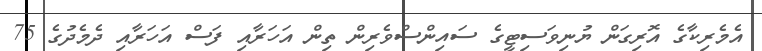
އެމެރިކާގެ އޮރިގަން ޔުނިވަސިޓީގެ ސައިންސްވެރިން ތިން އަހަރާއި ފަސް އަހަރާއި ދެމެދުގެ 75